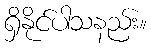
ရှိနိုင်ပါသနည်း။